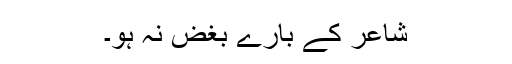
شاعر کے بارے بُغض نہ ہو۔